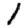
Digit: 1